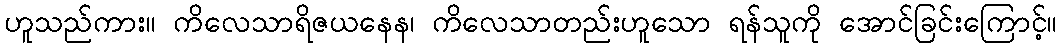
ဟူသည်ကား။ ကိလေသာရိဇယနေန၊ ကိလေသာတည်းဟူသော ရန်သူကို အောင်ခြင်းကြောင့်။